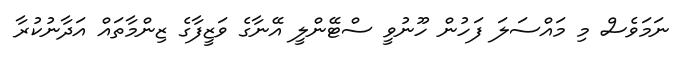
ނަމަވެސް މި މައްސަލަ ފަހުން ހޫނުވީ ސްޓޭންލީ އޭނާގެ ވަޒީފާގެ ޒިންމާތައް އަދާނުކުރާ